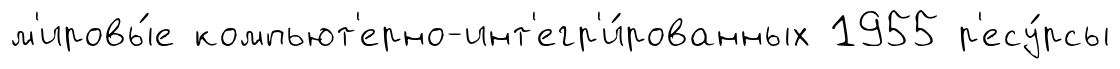
м'ировы́е компьют'ерно-инт'егр'и́рованных 1955 р'есу́рсы